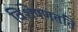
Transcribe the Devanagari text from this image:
विशेषणतति